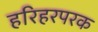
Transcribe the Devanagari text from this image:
हरिहरपरक